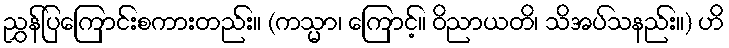
ညွှန်ပြကြောင်းစကားတည်း။ (ကသ္မာ၊ ကြောင့်။ ဝိညာယတိ၊ သိအပ်သနည်း။) ဟိ